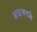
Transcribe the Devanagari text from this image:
बचपनमे